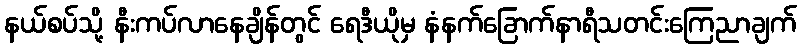
နယ်စပ်သို့ နီးကပ်လာနေချိန်တွင် ရေဒီယိုမှ နံနက်ခြောက်နာရီသတင်းကြေညာချက်